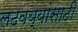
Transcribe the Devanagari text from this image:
लढवय्यांसाठी